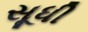
સૂધી